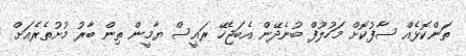
ތަންކޮޅެއް ސާފުކޮށް މަހުލޫފް ބުނެދޭން އެބަޖެހޭ ރައީސް ޔާމީން ތިން ބާރު މުށުތެރެއަށް